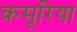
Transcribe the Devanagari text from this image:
क़सूरिया